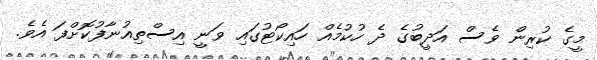
މީގެ ކުރިން ވެސް އަދީބުގެ ދެ ހުކުމެއް ހައިކޯޓުގައި ވަނީ އިސްތިއުނާފުކޮށްފަ އެވެ.